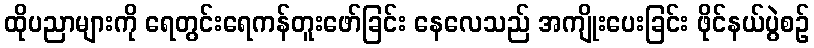
ထိုပညာများကို ရေတွင်းရေကန်တူးဖော်ခြင်း နေလေသည် အကျိုးပေးခြင်း ဖိုင်နယ်ပွဲစဉ်